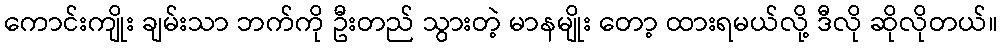
ကောင်းကျိုး ချမ်းသာ ဘက်ကို ဦးတည် သွားတဲ့ မာနမျိုး တော့ ထားရမယ်လို့ ဒီလို ဆိုလိုတယ်။